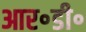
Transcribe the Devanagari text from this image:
आर॰डी॰